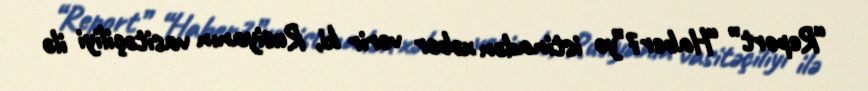
“Report” “Haber7”yə istinadən xəbər verir ki, Rusiyanın vasitəçiliyi ilə